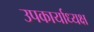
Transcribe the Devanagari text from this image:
उपकार्याध्यक्ष